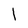
Character: I